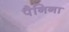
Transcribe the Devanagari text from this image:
पैनिना